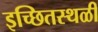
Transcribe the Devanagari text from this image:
इच्छितस्थळी